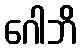
ဂေါဘိ